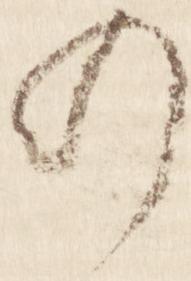
の